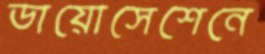
ডায়োসেশেনে